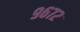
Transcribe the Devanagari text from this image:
९६७२